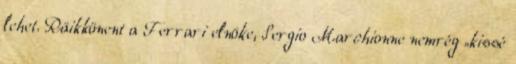
lehet. Räikkönent a Ferrari elnöke, Sergio Marchionne nemrég „kissé